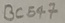
Text: BC547